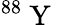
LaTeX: ^{88}\mathrm{~Y~}